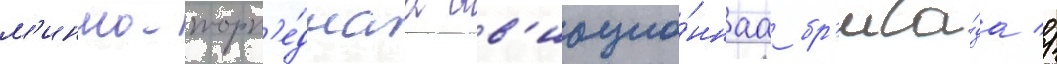
м'инно-торп'е́днаа ав'иацио́ннаа бр'ига́да //